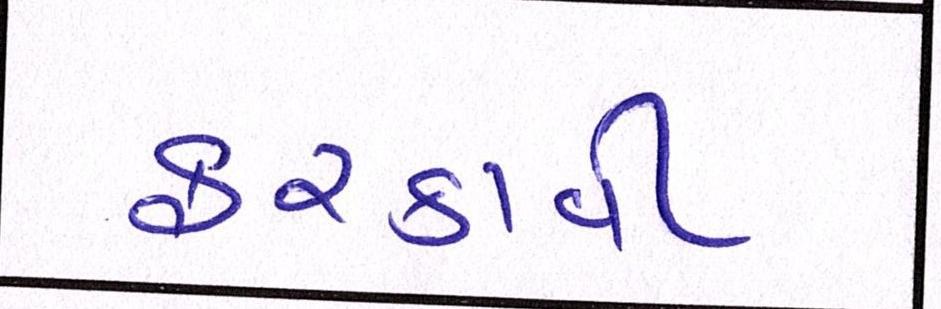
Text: ફરકાવી